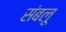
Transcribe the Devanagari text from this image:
संबलू